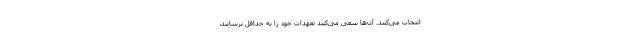
انتخاب می‌کنند. آن‌ها سعی می‌کنند تعهدات خود را به حداقل برسانند،